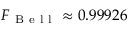
F _ { \mathrm { ~ B ~ e ~ l ~ l ~ } } \approx 0 . 9 9 9 2 6